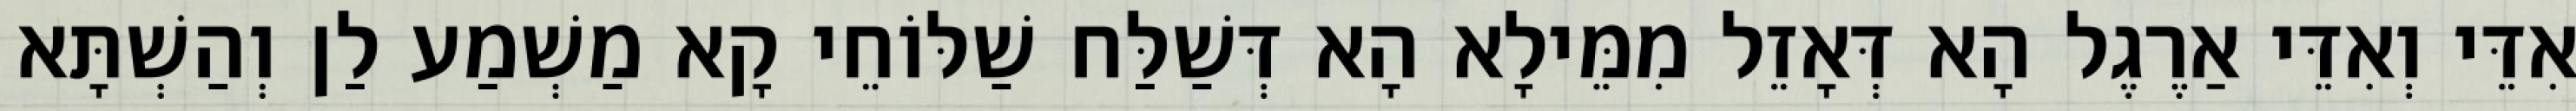
אִדֵּי וְאִדֵּי אַרֶגֶל הָא דְּאָזֵל מִמֵּילָא הָא דְּשַׁלַּח שַׁלּוֹחֵי קָא מַשְׁמַע לַן וְהַשְׁתָּא